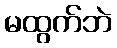
မထွက်ဘဲ